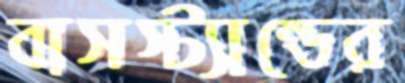
বাসস্ট্যান্ডের